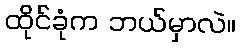
ထိုင်ခုံက ဘယ်မှာလဲ။